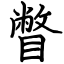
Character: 瞥